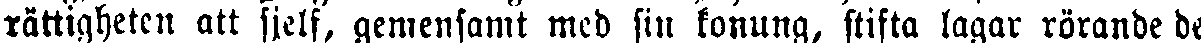
rättigheten att sjelf, gemensamt med sin konung, stifta lagar rörande de